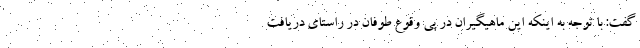
گفت: با توجه به اینکه این ماهیگیران در پی وقوع طوفان در راستای دریافت